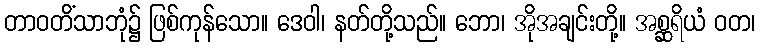
တာဝတိံသာဘုံ၌ ဖြစ်ကုန်သော။ ဒေဝါ၊ နတ်တို့သည်။ ဘော၊ အိုအချင်းတို့။ အစ္ဆရိယံ ဝတ၊